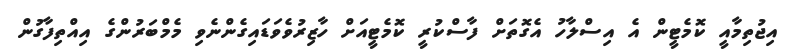
އިޖުތިމާއީ ކޮމެޓީން އެ އިސްލާހު އެގޮތަށް ފާސްކުރީ ކޮމެޓީއަށް ހާޒިރުވެވަޑައިގެންނެވި މެމްބަރުންގެ އިއްތިފާގުން